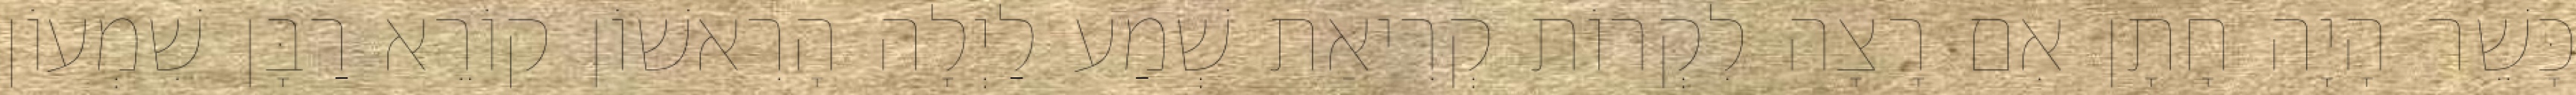
כָּשֵׁר הָיָה חָתָן אִם רָצָה לִקְרוֹת קְרִיאַת שְׁמַע לַיְלָה הָרִאשׁוֹן קוֹרֵא רַבָּן שִׁמְעוֹן